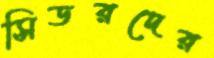
সিডরদের